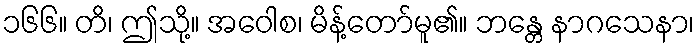
၁၆၆။ တိ၊ ဤသို့။ အဝေါစ၊ မိန့်တော်မူ၏။ ဘန္တေ နာဂသေနာ၊